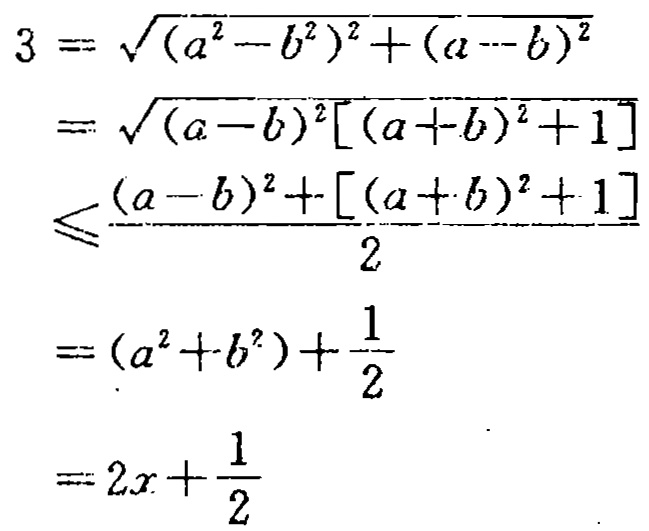
\[

\begin{align*}

3&=\sqrt{(a^{2}-b^{2})^{2}+(a - b)^{2}}\\

&=\sqrt{(a - b)^{2}[(a + b)^{2}+1]}\\

&\leqslant\frac{(a - b)^{2}+[(a + b)^{2}+1]}{2}\\

&=(a^{2}+b^{2})+\frac{1}{2}\\

&=2x+\frac{1}{2}

\end{align*}

\]